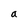
Character: a